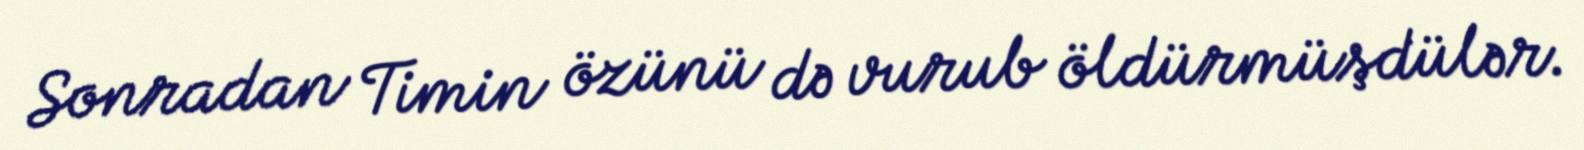
Sonradan Timin özünü də vurub öldürmüşdülər.